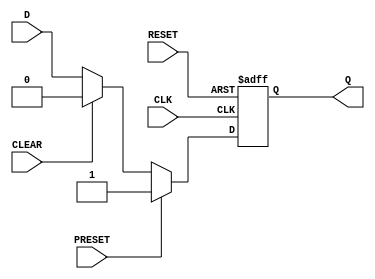
module d_flip_flop (
    input D,
    input CLK,
    input PRESET,
    input CLEAR,
    input RESET,
    output reg Q
);

always @(posedge CLK or posedge RESET) begin
    if (RESET) begin
        Q <= 1'b0; // Reset to 0
    end else if (PRESET) begin
        Q <= 1'b1; // Set to 1
    end else if (CLEAR) begin
        Q <= 1'b0; // Clear to 0
    end else begin
        Q <= D; // Store input value
    end
end

endmodule